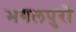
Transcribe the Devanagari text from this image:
भगलपुरो